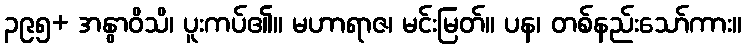
၃၉၅+ အနွာဝိသိ၊ ပူးကပ်၏။ မဟာရာဇ၊ မင်းမြတ်။ ပန၊ တစ်နည်းသော်ကား။